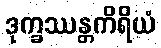
ဒုက္ခဿန္တကိရိယံ